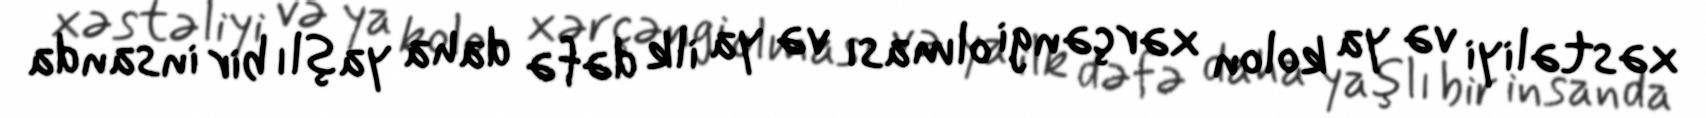
xəstəliyi və ya kolon xərçəngi olması və ya ilk dəfə daha yaşlı bir insanda